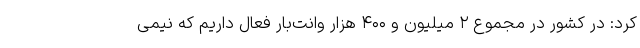
کرد: در کشور در مجموع ۲ میلیون و ۴۰۰ هزار وانت‌بار فعال داریم که نیمی